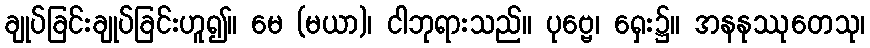
ချုပ်ခြင်းချုပ်ခြင်းဟူ၍။ မေ (မယာ)၊ ငါဘုရားသည်။ ပုဗ္ဗေ၊ ရှေး၌။ အနနုဿုတေသု၊